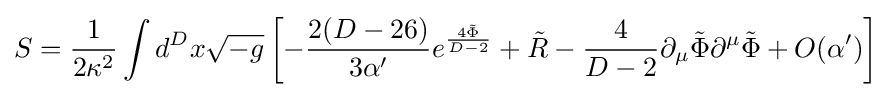
S={\frac {1}{2\kappa ^{2}}}\int d^{D}x{\sqrt {-g}}\left[-{\frac {2(D-26)}{3\alpha '}}e^{\frac {4{\tilde {\Phi }}}{D-2}}+{\tilde {R}}-{\frac {4}{D-2}}\partial _{\mu }{\tilde {\Phi }}\partial ^{\mu }{\tilde {\Phi }}+O(\alpha ')\right]